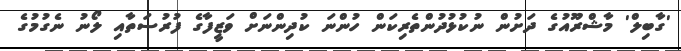
'ގާބިލް' މާޝްރޫއުގެ ދަށުން ނުކުޅުދުންތެރިކަން ހުންނަ ކުދިންނަށް ވަޒީފާގެ ފުރުސަތާއި ލޯނު ނެގުމުގެ